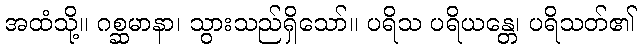
အထံသို့။ ဂစ္ဆမာနာ၊ သွားသည်ရှိသော်။ ပရိသ ပရိယန္တေ၊ ပရိသတ်၏